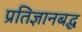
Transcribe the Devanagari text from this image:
प्रतिज्ञानबद्ध